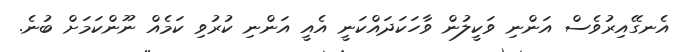
އެނގޭއިރުވެސް އަންނި ވަކީލުން ވާހަކަދައްކަނީ އެއީ އަންނި ކުރުވި ކަމެއް ނޫންކަމަށް ބުނެ.